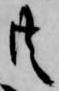
共